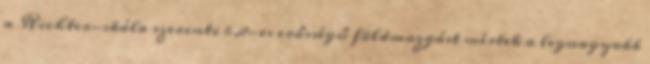
a Richter-skála szerinti 6,8-es erősségű földmozgást mértek a legnagyobb